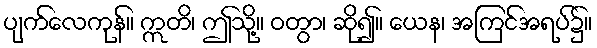
ပျက်လေကုန်။ ဣတိ၊ ဤသို့။ ဝတွာ၊ ဆို၍။ ယေန၊ အကြင်အရပ်၌။